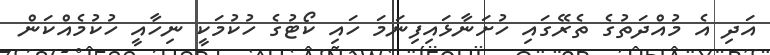
އަދި އެ މުއްދަތުގެ ތެރޭގައި ހުށަނާޅައިފިނަމަ ހައި ކޯޓުގެ ހުކުމަކީ ނިހާއީ ހުކުމެއްކަން